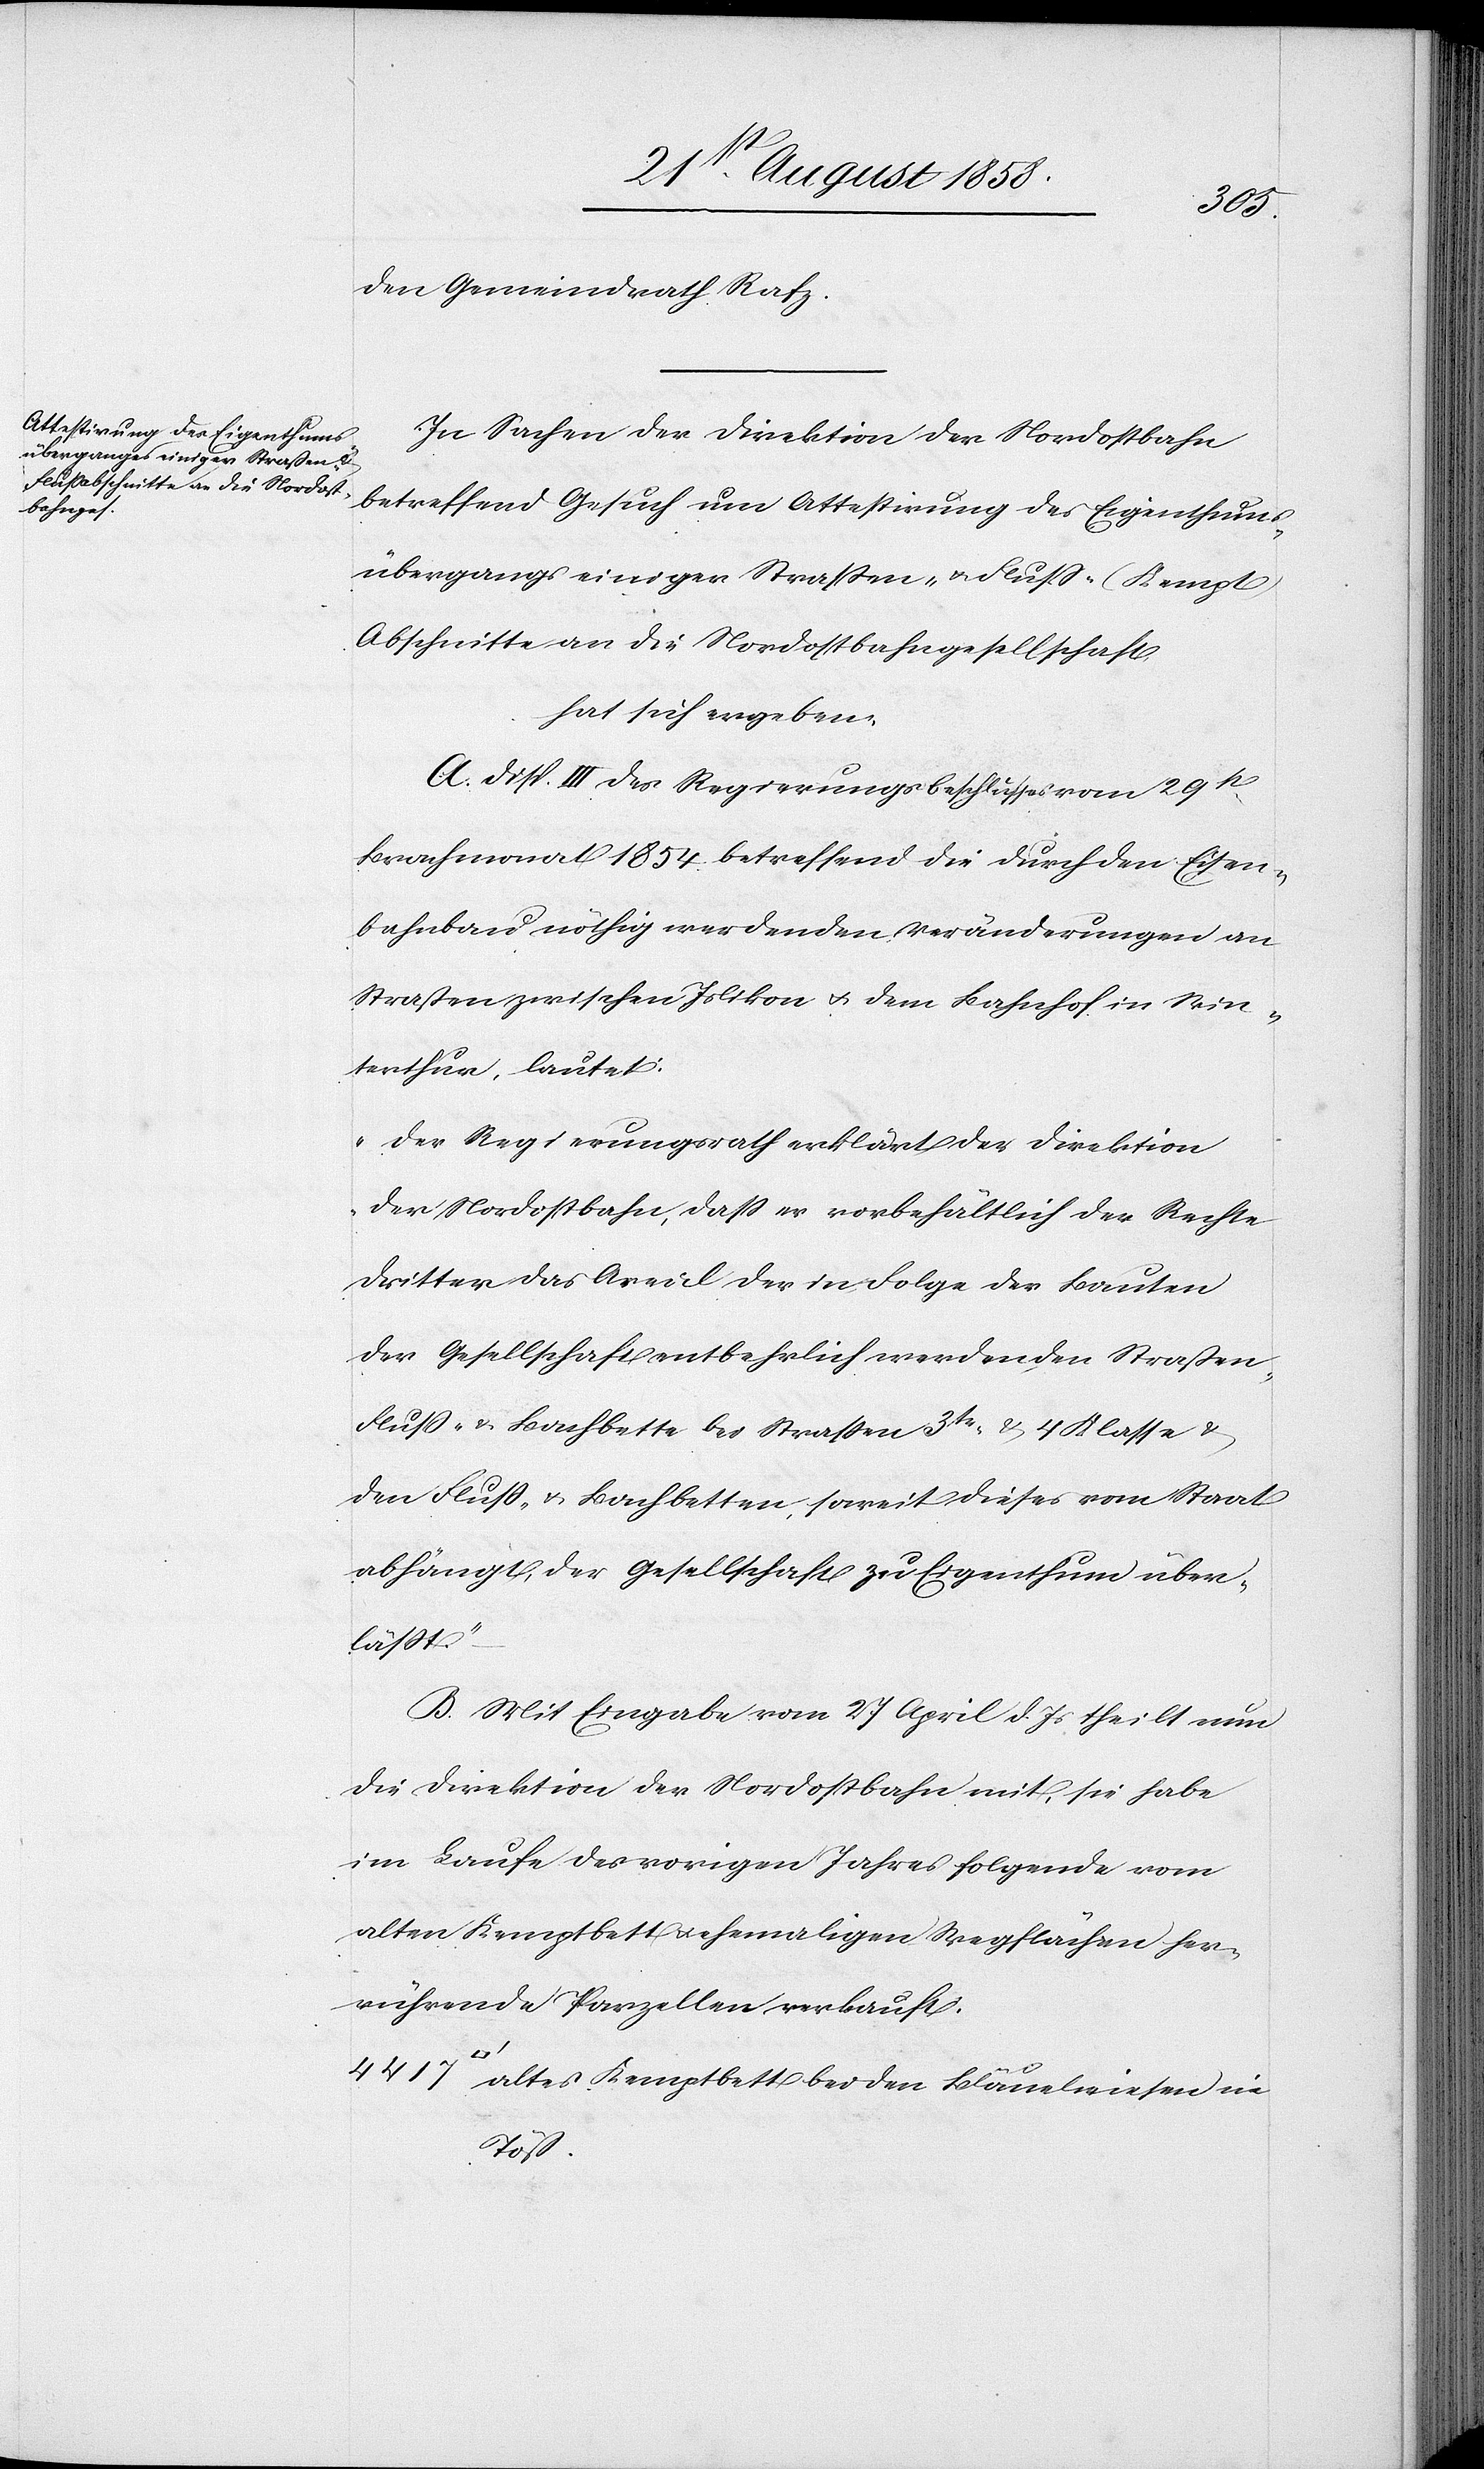
den Gemeindrath Rafz.
In Sachen der Direktion der Nordostbahn
betreffend Gesuch um Attestirung des Eigenthums¬
übergangs einiger Strassen- & Fluss- (Kempt)
Abschnitte an die Nordostbahngesellschaft
hat sich ergeben:
A. Disp. III des Regierungsbeschlusses vom 29st
Brachmonat 1854 betreffend die durch den Eisen¬
bahnbau nöthig werdenden Veränderungen an
Straßen zwischen Islikon & dem Bahnhof in Win¬
terthur, lautet:
„Der Regierungsrath erklärt der Direktion
der Nordostbahn, dass er vorbehältlich der Rechte
Dritter das Areal der in Folge der Bauten
der Gesellschaft entbehrlich werdenden Straßen-[,]
Fluss- & Bachbette bei Strassen 3tr. & 4 Klasse &
den Fluss- & Bachbetten, soweit dieses vom Staat
abhängt, der Gesellschaft zu Eigenthum über¬
lässt.“
B. Mit Eingabe vom 27 April d. Js theilt nun
die Direktion der Nordostbahn mit, sie habe
im Laufe des vorigen Jahres folgende vom
alten Kemptbett & ehemaligen Wegflächen her¬
rührende Parzellen verkauft:
altes Kemptbett bei den Bläuelwiesen in
Töß.